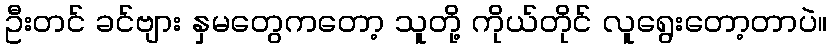
ဦးတင် ခင်ဗျား နှမတွေကတော့ သူတို့ ကိုယ်တိုင် လူရွေးတော့တာပဲ။